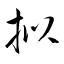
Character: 拟